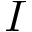
I